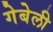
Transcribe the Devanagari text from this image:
गेबेली